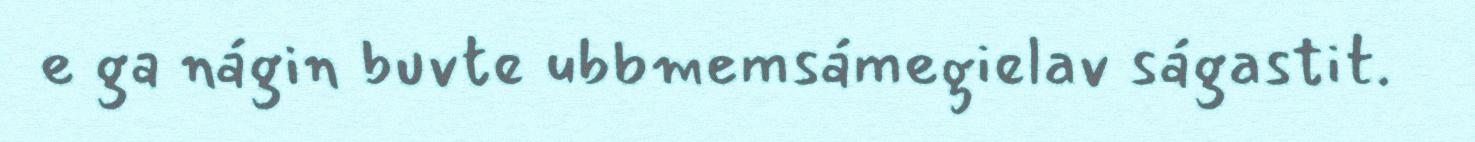
e ga nágin buvte ubbmemsámegielav ságastit.